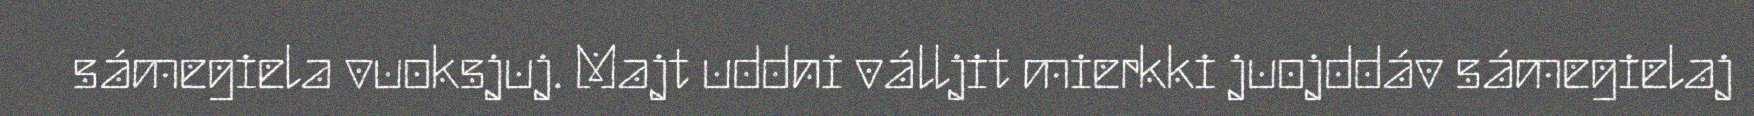
sámegiela vuoksjuj. Majt uddni válljit mierkki juojddáv sámegielaj